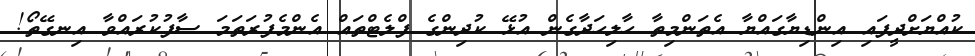
ކުއްޔަށްދީފައި އިންޑިޔާގައްޔާ އެތަންމިތާ ހާލިހަދާގެން އުޅޭ ކުދިންގެ ފްލެޓްތައް އެންމެފުރަތަމަ ސާފުކުރައްވާ އިނގޭތޯ!